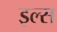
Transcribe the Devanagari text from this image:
इल्स